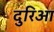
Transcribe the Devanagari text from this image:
दुरिआ